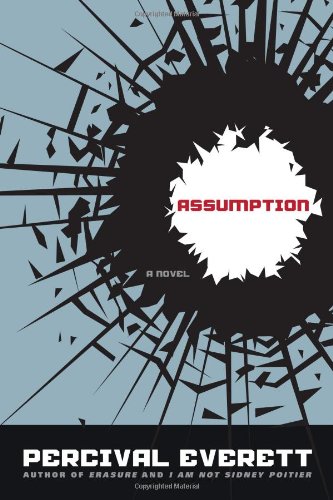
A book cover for Assumption: A Novel; Percival Everett; Mystery, Thriller & Suspense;